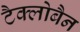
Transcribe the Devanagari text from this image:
टैक्लोबैन